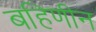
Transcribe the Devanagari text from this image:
बहिणीन